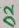
Text: D2